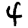
Digit: 4